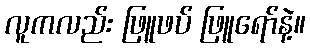
လူကလည်း ဖြူဖပ် ဖြူရော်နဲ့။